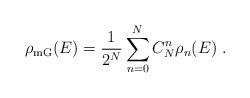
LaTeX: \begin{align*}\rho_{\mathrm{mG}}(E)=\frac{1}{2^N} \sum_{n=0}^{N} C_N^n\rho_n(E) \ .\end{align*}